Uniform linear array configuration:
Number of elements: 64
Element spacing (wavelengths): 1
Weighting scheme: binomial
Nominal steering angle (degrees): -30
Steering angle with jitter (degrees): -30.631
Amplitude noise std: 0.05
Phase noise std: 0.05

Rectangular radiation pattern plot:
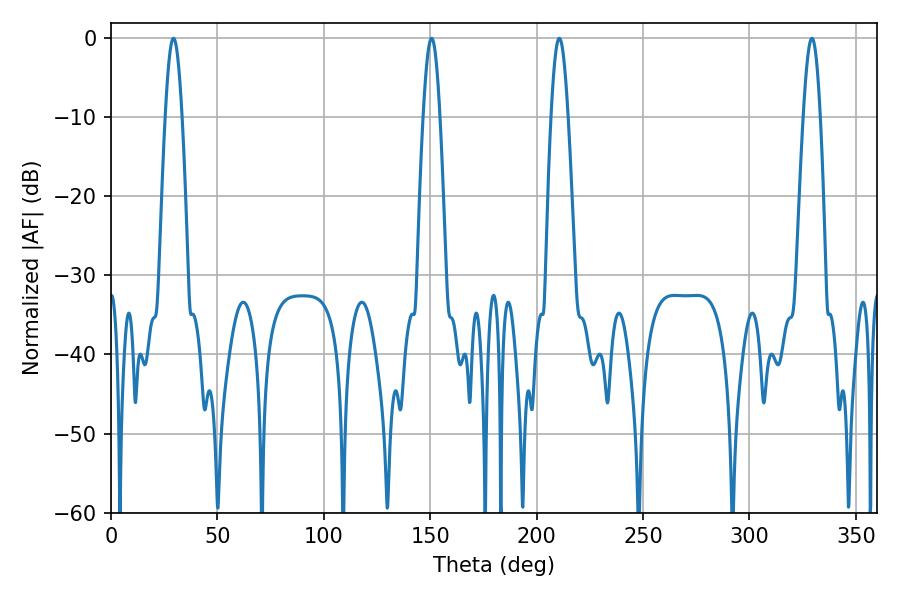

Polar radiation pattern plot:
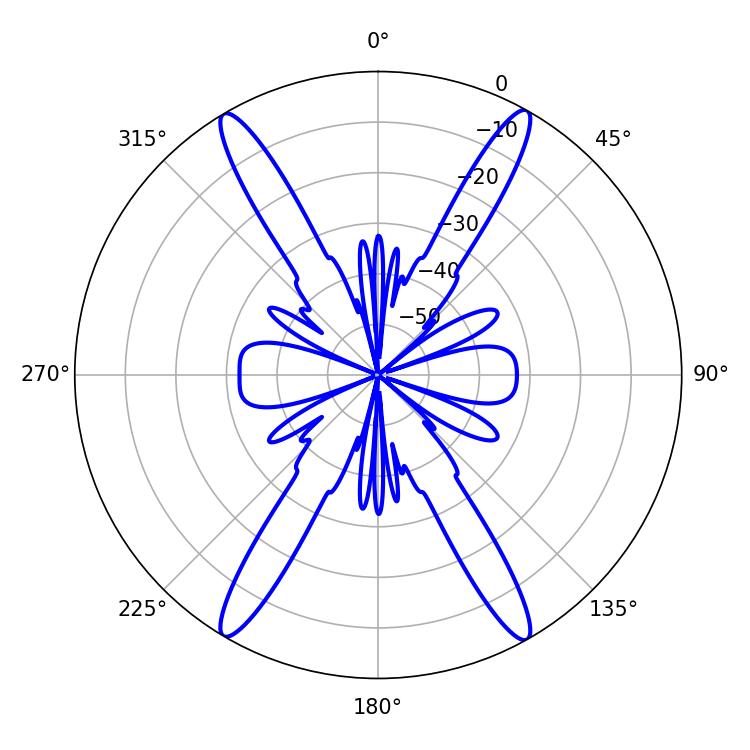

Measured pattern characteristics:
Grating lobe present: TRUE
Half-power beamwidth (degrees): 4.14
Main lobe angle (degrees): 29.34